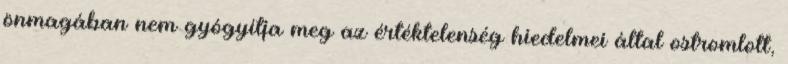
önmagában nem gyógyítja meg az értéktelenség hiedelmei által ostromlott,